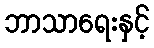
ဘာသာရေးနှင့်